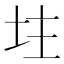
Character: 𡊲